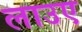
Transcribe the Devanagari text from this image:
लाउए